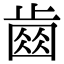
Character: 𣦗